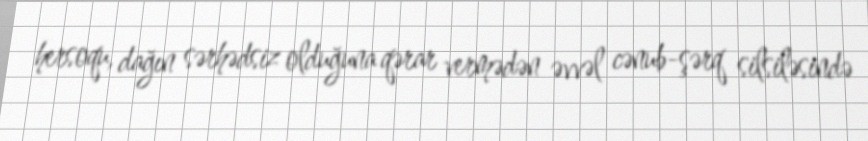
hersoqu, dağın sərhədsiz olduğuna qərar vermədən əvvəl cənub-şərq silsiləsində